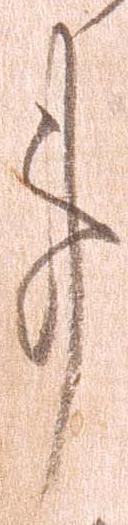
事